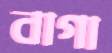
বাগা